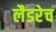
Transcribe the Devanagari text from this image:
लैडरेच